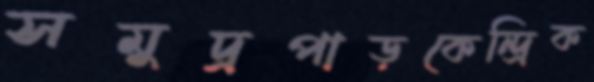
সমুদ্রপাড়কেন্দ্রিক